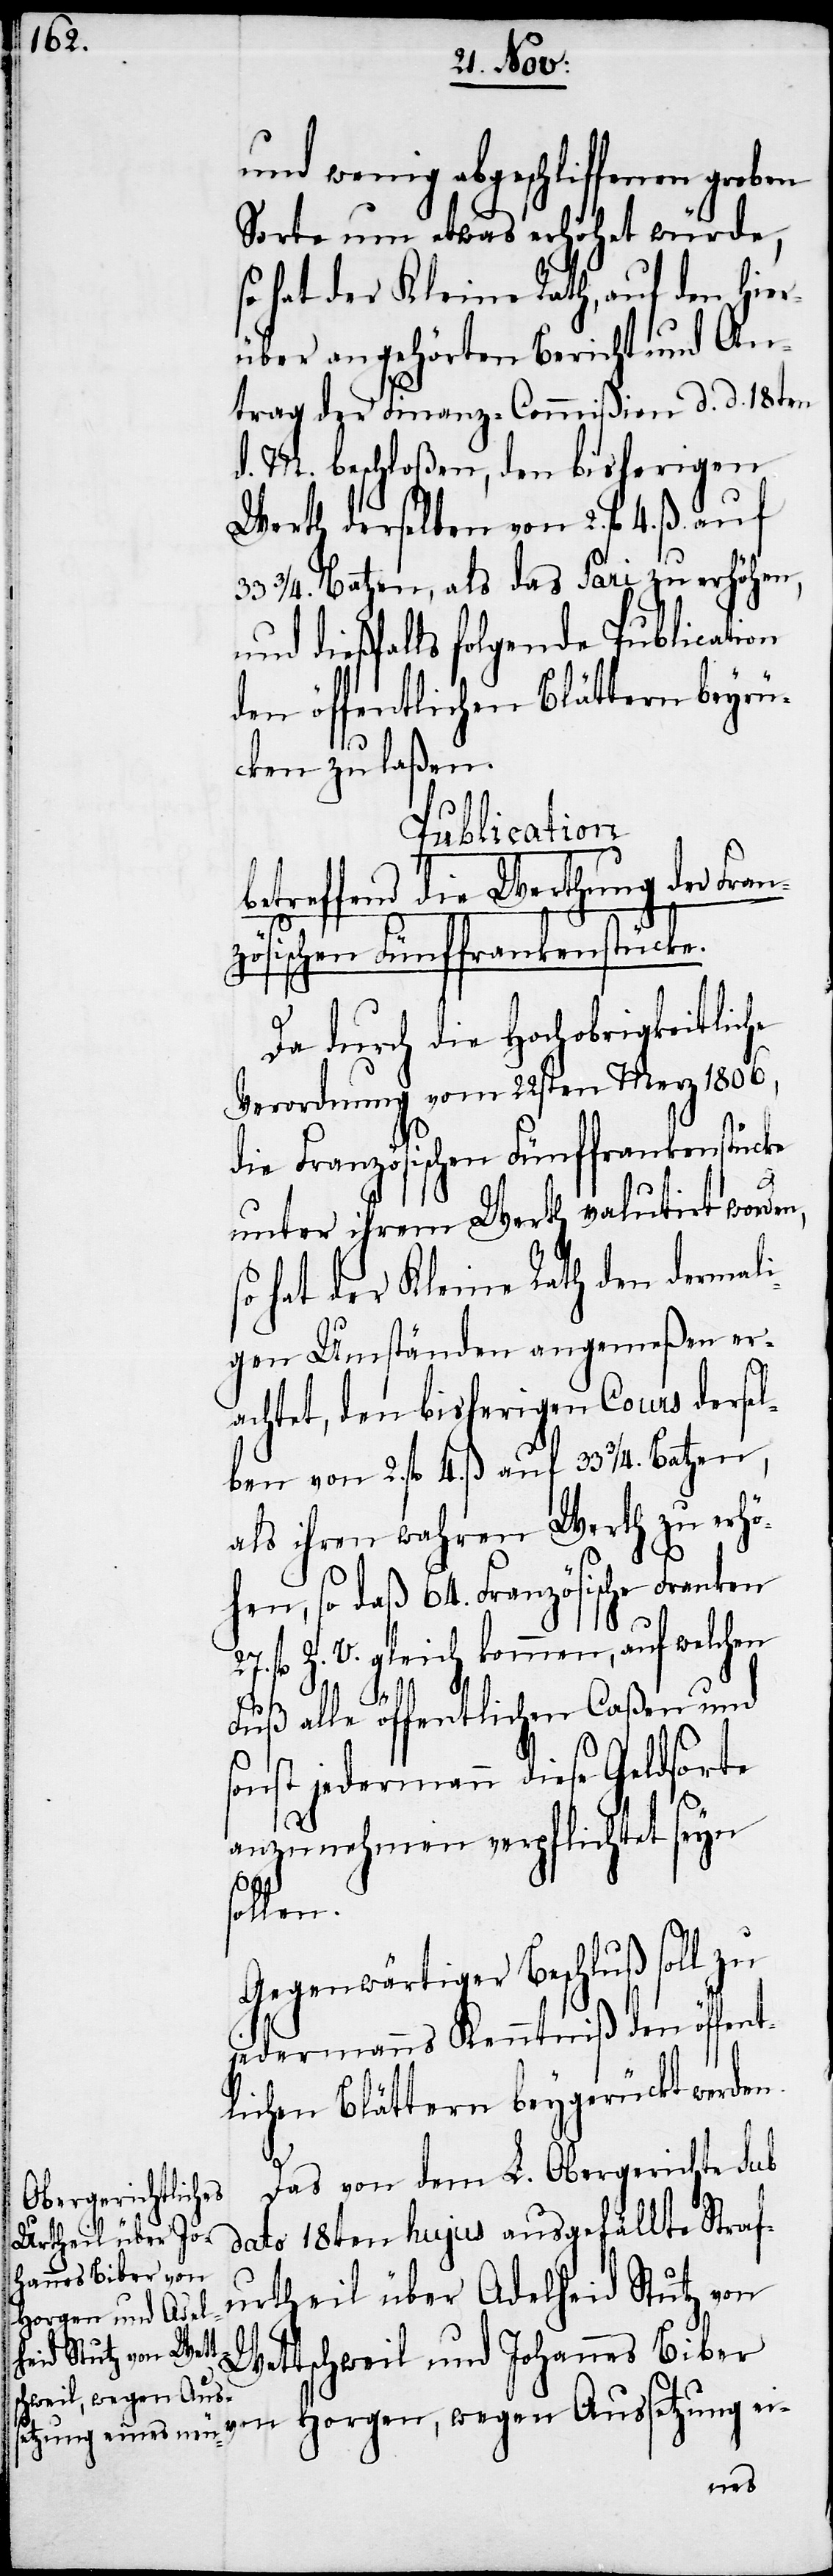
und wenig abgeschliffenen groben
Sorte um etwas erhöhet würde,
so hat der Kleine Rath, auf den hier¬
über angehörten Bericht und An¬
trag der Finanz-Commißion d. d. 18ten
d. M. beschloßen, den bisherigen
Werth derselben von 2. fl
33 ¾. Batzen, als das Pari zu erhöhen,
und dießfalls folgende Publication
den öffentlichen Blättern beyrü¬
cken zu laßen.
Publication
betreffend die Werthung der Franz¬
ösischen Fünffrankenstücke.
Da durch die Hochobrigkeitliche
Verordnung vom 22sten Merz 1806,
die Französischen Fünffrankenstücke
unter ihrem Werth valutirt worden,
so hat der Kleine Rath den damali¬
gen Umständen angemeßen er¬
achtet, den bisherigen Cours dersel¬
ben von 2. fl 4. ß auf 33 ¾. Batzen,
als ihren wahren Werth zu erhö¬
hen, so daß 64. Französische Franken
27. fl Z. V. gleich kommen, auf welchen
ß.
Fuß alle öffentlichen Caßen und
sonst jedermann diese Geldsorte
so¬
anzunehmen verpflichtet seyn
llen.
Gegenwärtiger Beschluß soll zu
jedermanns Kenntniß den öffent¬
lichen Blättern beygerückt werden.
Das von dem L. Obergerichte sub
dato 18ten hujus ausgefällte Straf¬
urtheil über Adelheid Stutz von
Wettschweil und Johannes Biber
von Horgen, wegen Aussetzung ei-